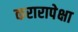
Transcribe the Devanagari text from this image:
करारापेक्षा